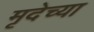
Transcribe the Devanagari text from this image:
मृदेच्या